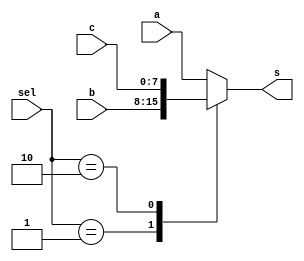
module mux4b_U_reg  (a, b, c, s, sel);

  input [7:0] a, b, c;
  input [1:0] sel;
  
  output reg[7:0] s;
  
  always @ (a, b, c,sel)
    case (sel)
      1: s <= b; 
      2: s <= c; 
      //3: s <= d; 
      default s <= a;
   endcase
endmodule